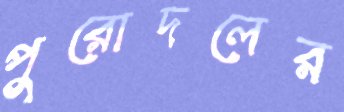
পুরোদলের